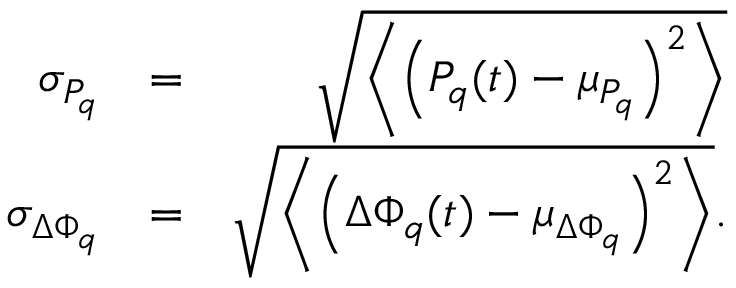
\begin{array} { r l r } { \sigma _ { P _ { q } } } & { = } & { \sqrt { \left\langle \left( P _ { q } ( t ) - \mu _ { P _ { q } } \right) ^ { 2 } \right\rangle } } \\ { \sigma _ { \Delta \Phi _ { q } } } & { = } & { \sqrt { \left\langle \left( \Delta \Phi _ { q } ( t ) - \mu _ { \Delta \Phi _ { q } } \right) ^ { 2 } \right\rangle } . } \end{array}